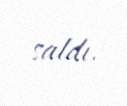
saldı.